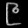
Digit: ၉